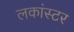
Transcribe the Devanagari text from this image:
लकांस्टर